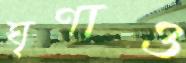
ঘৃণাও